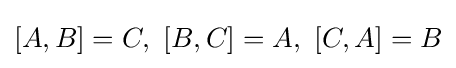
[A,B]=C,\,\,[B,C]=A,\,\,[C,A]=B